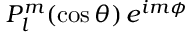
P _ { l } ^ { m } ( \cos \theta ) \, e ^ { i m \phi }